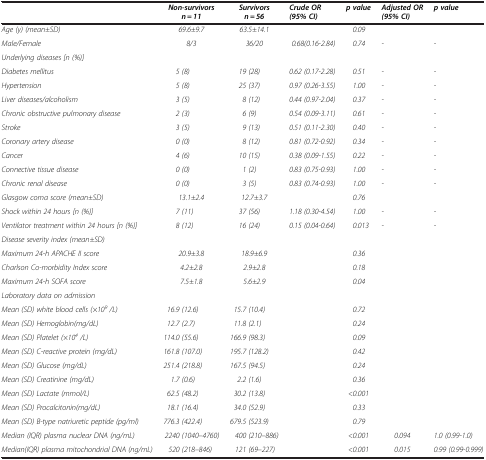
<table><thead><tr><td><b> </b></td><td><b><i>Non-survivors n = 11</i></b></td><td><b><i>Survivors n = 56</i></b></td><td><b><i>Crude OR (95% CI)</i></b></td><td><b><i>p value</i></b></td><td><b><i>Adjusted OR (95% CI)</i></b></td><td><b><i>p value</i></b></td></tr></thead><tbody><tr><td><i>Age (y) (mean±SD)</i></td><td><i>69.6±9.7</i></td><td><i>63.5±14.1</i></td><td> </td><td><i>0.09</i></td><td> </td><td> </td></tr><tr><td><i>Male/Female</i></td><td><i>8/3</i></td><td><i>36/20</i></td><td><i>0.68(0.16-2.84)</i></td><td><i>0.74</i></td><td><i>-</i></td><td><i>-</i></td></tr><tr><td><i>Underlying diseases [n (%)]</i></td><td> </td><td> </td><td> </td><td> </td><td> </td><td> </td></tr><tr><td><i>Diabetes mellitus</i></td><td><i>5 (8)</i></td><td><i>19 (28)</i></td><td><i>0.62 (0.17-2.28)</i></td><td><i>0.51</i></td><td><i>-</i></td><td><i>-</i></td></tr><tr><td><i>Hypertension</i></td><td><i>5 (8)</i></td><td><i>25 (37)</i></td><td><i>0.97 (0.26-3.55)</i></td><td><i>1.00</i></td><td><i>-</i></td><td><i>-</i></td></tr><tr><td><i>Liver diseases/alcoholism</i></td><td><i>3 (5)</i></td><td><i>8 (12)</i></td><td><i>0.44 (0.97-2.04)</i></td><td><i>0.37</i></td><td><i>-</i></td><td><i>-</i></td></tr><tr><td><i>Chronic obstructive pulmonary disease</i></td><td><i>2 (3)</i></td><td><i>6 (9)</i></td><td><i>0.54 (0.09-3.11)</i></td><td><i>0.61</i></td><td><i>-</i></td><td><i>-</i></td></tr><tr><td><i>Stroke</i></td><td><i>3 (5)</i></td><td><i>9 (13)</i></td><td><i>0.51 (0.11-2.30)</i></td><td><i>0.40</i></td><td><i>-</i></td><td><i>-</i></td></tr><tr><td><i>Coronary artery disease</i></td><td><i>0 (0)</i></td><td><i>8 (12)</i></td><td><i>0.81 (0.72-0.92)</i></td><td><i>0.34</i></td><td><i>-</i></td><td><i>-</i></td></tr><tr><td><i>Cancer</i></td><td><i>4 (6)</i></td><td><i>10 (15)</i></td><td><i>0.38 (0.09-1.55)</i></td><td><i>0.22</i></td><td><i>-</i></td><td><i>-</i></td></tr><tr><td><i>Connective tissue disease</i></td><td><i>0 (0)</i></td><td><i>1 (2)</i></td><td><i>0.83 (0.75-0.93)</i></td><td><i>1.00</i></td><td><i>-</i></td><td><i>-</i></td></tr><tr><td><i>Chronic renal disease</i></td><td><i>0 (0)</i></td><td><i>3 (5)</i></td><td><i>0.83 (0.74-0.93)</i></td><td><i>1.00</i></td><td><i>-</i></td><td><i>-</i></td></tr><tr><td><i>Glasgow coma score (mean±SD)</i></td><td><i>13.1±2.4</i></td><td><i>12.7±3.7</i></td><td> </td><td><i>0.76</i></td><td> </td><td> </td></tr><tr><td><i>Shock within 24 hours [n (%)]</i></td><td><i>7 (11)</i></td><td><i>37 (56)</i></td><td><i>1.18 (0.30-4.54)</i></td><td><i>1.00</i></td><td><i>-</i></td><td><i>-</i></td></tr><tr><td><i>Ventilator treatment within 24 hours [n (%)]</i></td><td><i>8 (12)</i></td><td><i>16 (24)</i></td><td><i>0.15 (0.04-0.64)</i></td><td><i>0.013</i></td><td><i>-</i></td><td><i>-</i></td></tr><tr><td><i>Disease severity index (mean±SD)</i></td><td> </td><td> </td><td> </td><td> </td><td> </td><td> </td></tr><tr><td><i>Maximum 24-h APACHE II score</i></td><td><i>20.9±3.8</i></td><td><i>18.9±6.9</i></td><td> </td><td><i>0.36</i></td><td> </td><td> </td></tr><tr><td><i>Charlson Co-morbidity Index score</i></td><td><i>4.2±2.8</i></td><td><i>2.9±2.8</i></td><td> </td><td><i>0.18</i></td><td> </td><td> </td></tr><tr><td><i>Maximum 24-h SOFA score</i></td><td><i>7.5±1.8</i></td><td><i>5.6±2.9</i></td><td> </td><td><i>0.04</i></td><td> </td><td> </td></tr><tr><td><i>Laboratory data on admission</i></td><td> </td><td> </td><td> </td><td> </td><td> </td><td> </td></tr><tr><td><i>Mean (SD) white blood cells (×10</i><sup><i>9</i></sup><i>/L)</i></td><td><i>16.9 (12.6)</i></td><td><i>15.7 (10.4)</i></td><td> </td><td><i>0.72</i></td><td> </td><td> </td></tr><tr><td><i>Mean (SD) Hemoglobin(mg/dL)</i></td><td><i>12.7 (2.7)</i></td><td><i>11.8 (2.1)</i></td><td> </td><td><i>0.24</i></td><td> </td><td> </td></tr><tr><td><i>Mean (SD) Platelet (×10</i><sup><i>4</i></sup><i>/L)</i></td><td><i>114.0 (55.6)</i></td><td><i>166.9 (98.3)</i></td><td> </td><td><i>0.09</i></td><td> </td><td> </td></tr><tr><td><i>Mean (SD) C-reactive protein (mg/dL)</i></td><td><i>161.8 (107.0)</i></td><td><i>195.7 (128.2)</i></td><td> </td><td><i>0.42</i></td><td> </td><td> </td></tr><tr><td><i>Mean (SD) Glucose (mg/dL)</i></td><td><i>251.4 (218.8)</i></td><td><i>167.5 (94.5)</i></td><td> </td><td><i>0.24</i></td><td> </td><td> </td></tr><tr><td><i>Mean (SD) Creatinine (mg/dL)</i></td><td><i>1.7 (0.6)</i></td><td><i>2.2 (1.6)</i></td><td> </td><td><i>0.36</i></td><td> </td><td> </td></tr><tr><td><i>Mean (SD) Lactate (mmol/L)</i></td><td><i>62.5 (48.2)</i></td><td><i>30.2 (13.8)</i></td><td> </td><td><i>&lt;0.001</i></td><td> </td><td> </td></tr><tr><td><i>Mean (SD) Procalcitonin(mg/dL)</i></td><td><i>18.1 (16.4)</i></td><td><i>34.0 (52.9)</i></td><td> </td><td><i>0.33</i></td><td> </td><td> </td></tr><tr><td><i>Mean (SD) B-type natriuretic peptide (pg/ml)</i></td><td><i>776.3 (422.4)</i></td><td><i>679.5 (523.9)</i></td><td> </td><td><i>0.79</i></td><td> </td><td> </td></tr><tr><td><i>Median (IQR) plasma nuclear DNA (ng/mL)</i></td><td><i>2240 (1040–4760)</i></td><td><i>400 (210–886)</i></td><td> </td><td><i>&lt;0.001</i></td><td><i>0.094</i></td><td><i>1.0 (0.99-1.0)</i></td></tr><tr><td><i>Median(IQR) plasma mitochondrial DNA (ng/mL)</i></td><td><i>520 (218–846)</i></td><td><i>121 (69–227)</i></td><td> </td><td><i>&lt;0.001</i></td><td><i>0.015</i></td><td><i>0.99 (0.99-0.999)</i></td></tr></tbody></table>